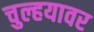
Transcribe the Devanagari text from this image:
चुल्हयावर